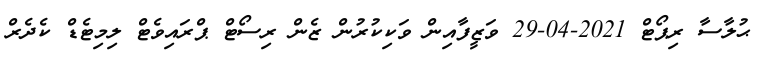
ޙުލާސާ ރިޕޯޓް 2021-04-29 ވަޒީފާއިން ވަކިކުރުން ޒެން ރިސޯޓް ޕްރައިވެޓް ލިމިޓެޑް ކެދެރް